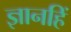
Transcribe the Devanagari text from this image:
ज्ञानहिं